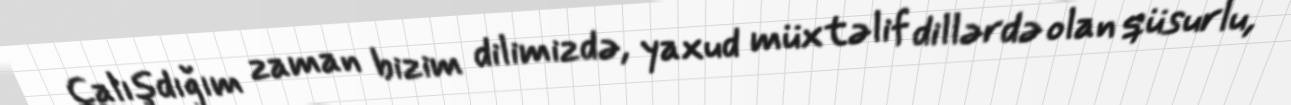
Çalışdığım zaman bizim dilimizdə, yaxud müxtəlif dillərdə olan qüsurlu,